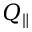
Q _ { \parallel }